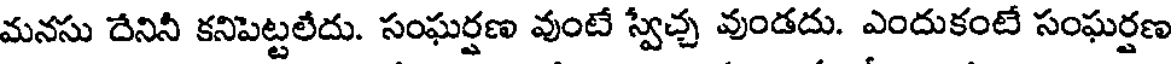
మనసు దేనినీ కనిపెట్టలేదు. సంఘర్షణ వుంటే స్వేచ్చ వుండదు. ఎందుకంటే సంఘర్షణ